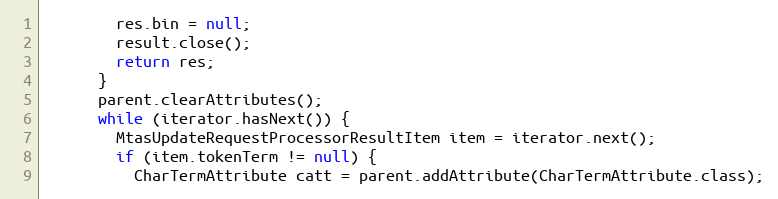
Language: Java
        res.bin = null;
        result.close();
        return res;
      }
      parent.clearAttributes();
      while (iterator.hasNext()) {
        MtasUpdateRequestProcessorResultItem item = iterator.next();
        if (item.tokenTerm != null) {
          CharTermAttribute catt = parent.addAttribute(CharTermAttribute.class);